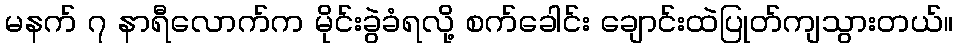
မနက် ၇ နာရီလောက်က မိုင်းခွဲခံရလို့ စက်ခေါင်း ချောင်းထဲပြုတ်ကျသွားတယ်။